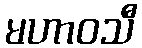
မဟာဝသီ